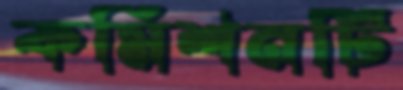
কমিশনটি